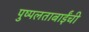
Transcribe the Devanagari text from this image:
पुष्पलताबाईंची